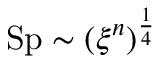
\mathrm { S p } \sim ( \xi ^ { n } ) ^ { \frac { 1 } { 4 } }